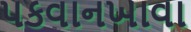
પકવાનખાવા